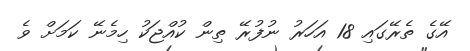
އޭގެ ތެރޭގައި 18 އަހަރު ނުފުރޭ ތިން ކުއްޖަކު ހިމެނޭ ކަމަށް ވެ